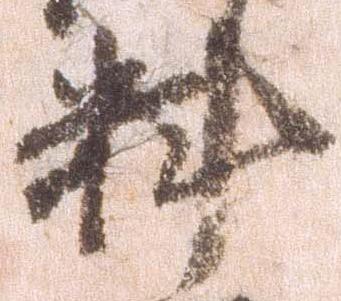
料